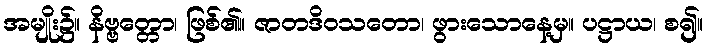
အမျိုး၌။ နိဗ္ဗတ္တော၊ ဖြစ်၏။ ဇာတဒိဝသတော၊ ဖွားသောနေ့မှ။ ပဋ္ဌာယ၊ စ၍။